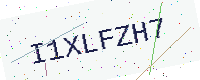
Text: I1XLFZH7